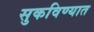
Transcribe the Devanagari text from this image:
सुकविण्यात